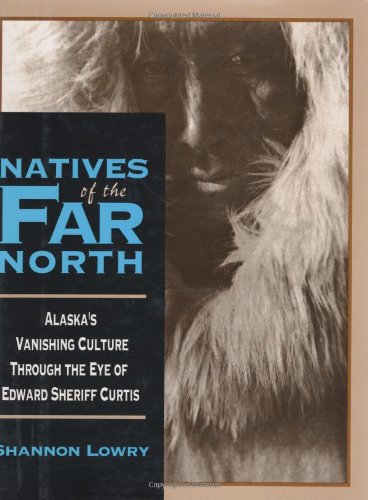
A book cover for Natives of the Far North; Shannon Lowery; Travel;